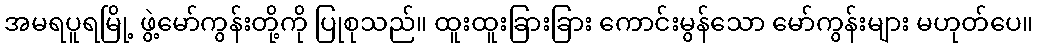
အမရပူရမြို့ ဖွဲ့မော်ကွန်းတို့ကို ပြုစုသည်။ ထူးထူးခြားခြား ကောင်းမွန်သော မော်ကွန်းများ မဟုတ်ပေ။